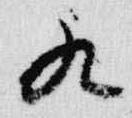
九